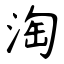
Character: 淘